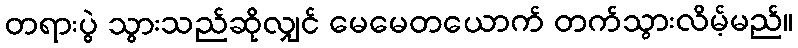
တရားပွဲ သွားသည်ဆိုလျှင် မေမေတယောက် တက်သွားလိမ့်မည်။